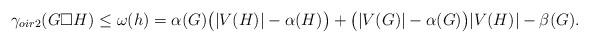
LaTeX: \begin{align*}\gamma_{oir2}(G\Box H)\leq \omega(h)=\alpha(G)\big{(}|V(H)|-\alpha(H)\big{)}+\big{(}|V(G)|-\alpha(G)\big{)}|V(H)|-\beta(G).\end{align*}